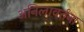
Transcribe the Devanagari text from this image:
अनिलावर्तना